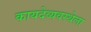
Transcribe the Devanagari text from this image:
कायदेव्यवस्थेला